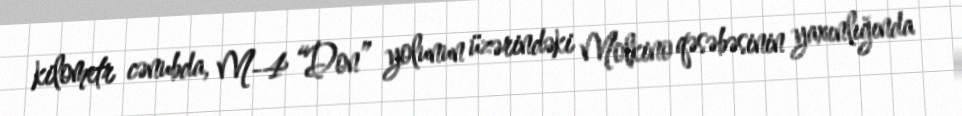
kilometr cənubda, M-4 “Don” yolunun üzərindəki Molkino qəsəbəsinin yaxınlığında